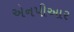
એનપીઆર